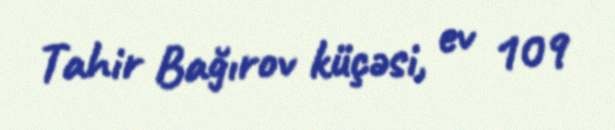
Tahir Bağırov küçəsi, ev 109